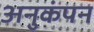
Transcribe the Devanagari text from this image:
अनुकंपन